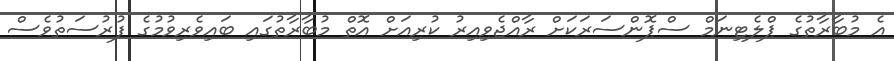
އެ މުބާރާތުގެ ޕްލެޓިނަމް ސްޕޮންސަރަކަށް ރާއްޖެވިއިރު ކުރިއަށް އޮތް މުބާރާތުގައި ބައިވެރިވުމުގެ ފުރުސަތުވެސް